Preliminary report on the development of the Leishman-Donovan body in the bed bug - Number 27
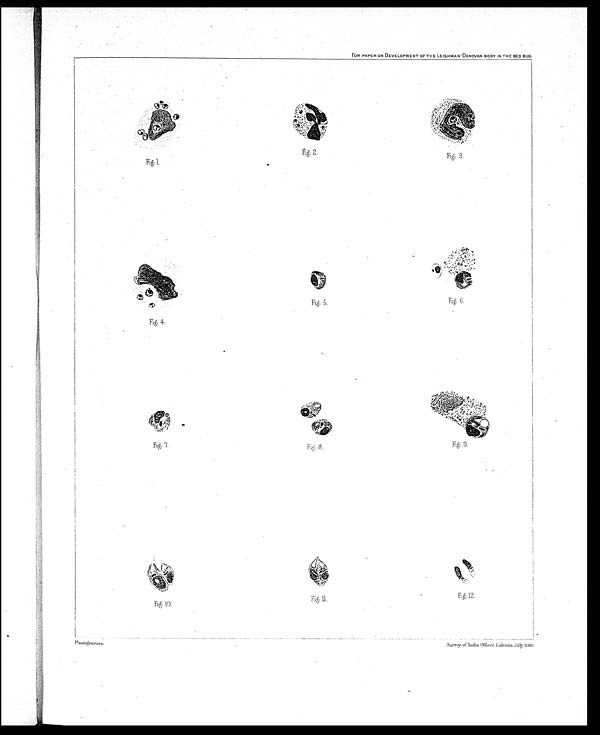
Fig: 1.
Fig: 2.
Fig: 3.
Fig: 5.
Fig: 6.
Fig: 4
Fig: 7.
Fi g : 8 .
Fig: 9.
Fig: 10.
:Fig: 11.
FOR PAPER ON DEVELOPMENT OF THE LEISHMAN-DONOVAN BODY IN THE BED BUG.
Photogravure.
Survey of India Offices Calcutta July
. 1906.